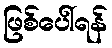
ဖြစ်ပေါ်ရန်